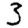
Digit: 3